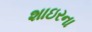
શાઇરના